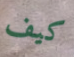
كيف